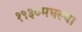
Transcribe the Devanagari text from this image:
१९३०मधल्या